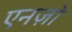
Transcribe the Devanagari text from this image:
एनज़ो